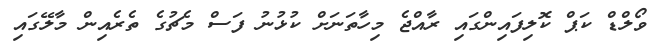
ވޯލްޑް ކަޕް ކޮލިފައިންގައި ރާއްޖެ މިހާތަނަށް ކުޅުނު ފަސް މެޗުގެ ތެރެއިން މާލޭގައި